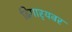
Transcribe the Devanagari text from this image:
ढिगार्‍यवर